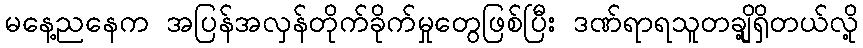
မနေ့ညနေက အပြန်အလှန်တိုက်ခိုက်မှုတွေဖြစ်ပြီး ဒဏ်ရာရသူတချို့ရှိတယ်လို့